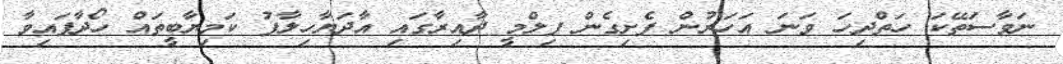
ނަވާސަތޭކަ ހަތްދިހަ ވަނަ އަހަރުން ފެށިގެން ފިލްމީ ދާއިރާގައި އާދަޔާހިލާފު ކަމިޔާބީތައް ހޯދާފައިވާ